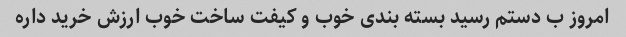
امروز ب دستم رسید بسته بندی خوب و کیفت ساخت خوب ارزش خرید داره